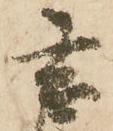
玄